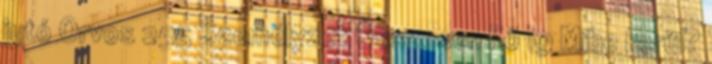
jutó Orvos 255 Személyzet Összesen Fő 19 Mibe kerül?